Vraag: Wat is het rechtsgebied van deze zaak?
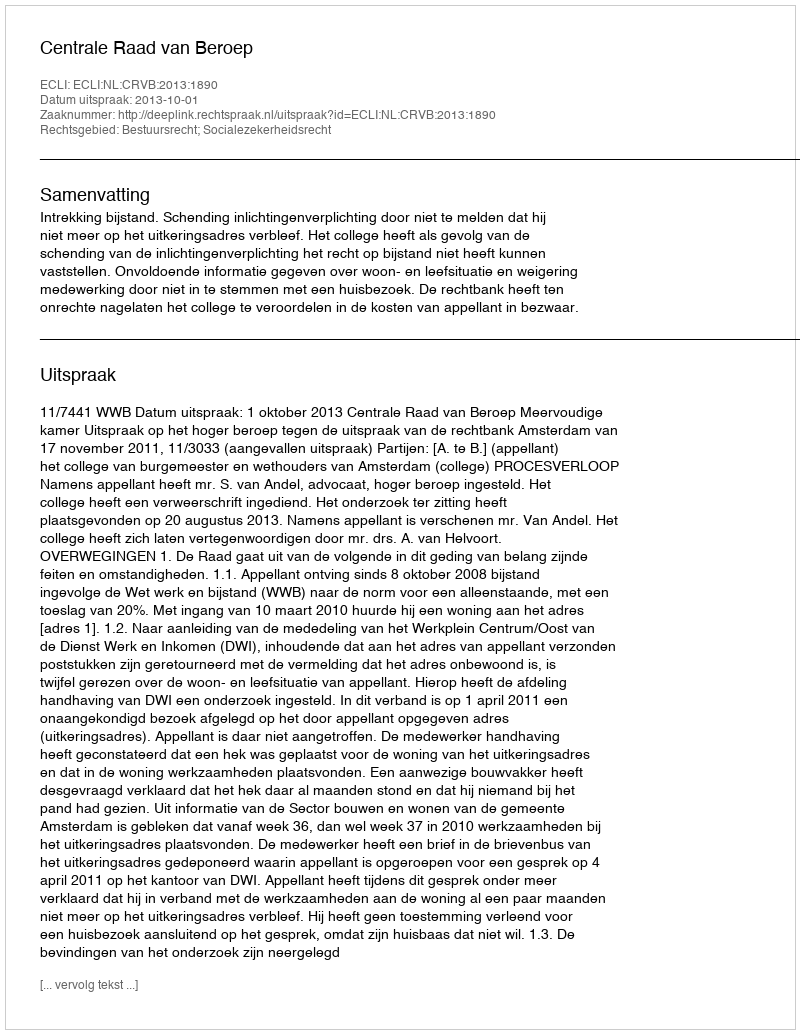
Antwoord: Bestuursrecht; Socialezekerheidsrecht